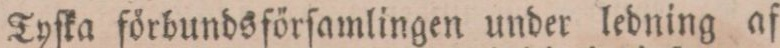
Tyſka förbundsförſamlingen under ledning af